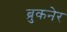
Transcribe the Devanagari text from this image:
ब्रुकनेर